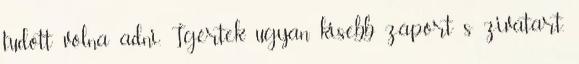
tudott volna adni. Ígértek ugyan kisebb záport s zivatart,